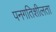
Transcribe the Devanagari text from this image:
पनगतिशीलता